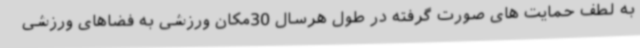
به لطف حمایت های صورت گرفته در طول هرسال 30مکان ورزشی به فضاهای ورزشی